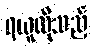
ရယူလိုသည့်